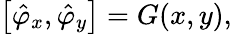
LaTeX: \left[\hat{\varphi}_{x},\hat{\varphi}_{y}\right]=G(x,y),